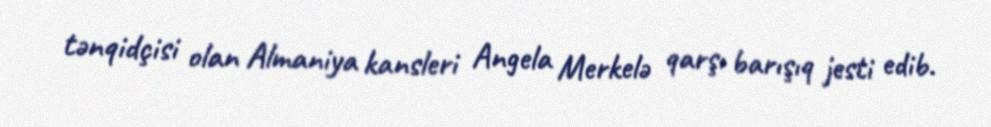
tənqidçisi olan Almaniya kansleri Angela Merkelə qarşı barışıq jesti edib.